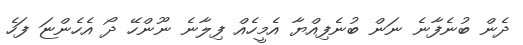
ދެން ބުނެފާނެ ނަން ބުނެފިއްޔާ އެމީހެއް ފިލާނެ ނޫންހޭ ދޯ އެހެންޏަ ފަހެ